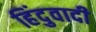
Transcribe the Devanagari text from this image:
हिंदुवादी